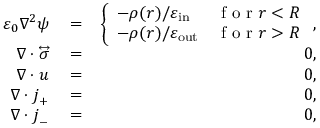
\begin{array} { r l r } { \varepsilon _ { 0 } \nabla ^ { 2 } \psi } & { { } = } & { \left\{ \begin{array} { l l } { - \rho ( \boldsymbol { r } ) / \varepsilon _ { \mathrm { i n } } } & { \textrm { f o r } r < R } \\ { - \rho ( \boldsymbol { r } ) / \varepsilon _ { \mathrm { o u t } } } & { \textrm { f o r } r > R } \end{array} \right. , } \\ { \nabla \cdot \overleftrightarrow { \boldsymbol { \sigma } } } & { { } = } & { 0 , } \\ { \nabla \cdot \boldsymbol { u } } & { { } = } & { 0 , } \\ { \nabla \cdot \boldsymbol { j } _ { + } } & { { } = } & { 0 , } \\ { \nabla \cdot \boldsymbol { j } _ { - } } & { { } = } & { 0 , } \end{array}